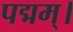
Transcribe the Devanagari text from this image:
पद्मम्।